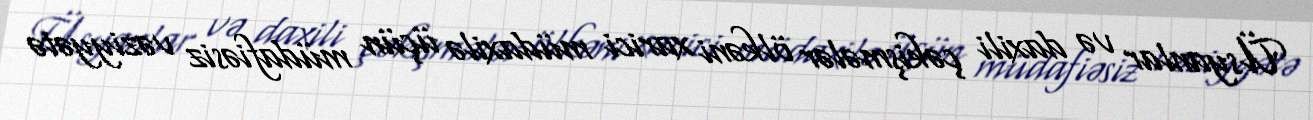
Üsyanlar və daxili çəkişmələr ölkəni xarici müdaxilə üçün müdafiəsiz vəziyyətə